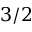
3 / 2